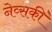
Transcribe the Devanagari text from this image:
नेव्सकी